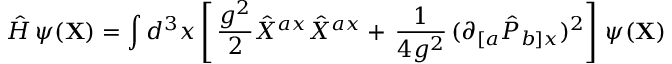
{ \hat { \cal H } } \, \psi ( { \bf X } ) = \int d ^ { 3 } x \left[ \, \frac { g ^ { 2 } } { 2 } { \hat { X } } ^ { a x } { \hat { X } } ^ { a x } + \, \frac { 1 } { 4 g ^ { 2 } } \, ( \partial _ { [ a } { \hat { P } } _ { b ] x } ) ^ { 2 } \right] \, \psi ( { \bf X } )